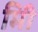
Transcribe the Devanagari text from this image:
मिी